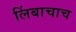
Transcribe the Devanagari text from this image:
लिंबाचाच